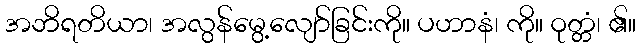
အဘိရတိယာ၊ အလွန်မွေ့လျော်ခြင်းကို။ ပဟာနံ၊ ကို။ ဝုတ္တံ၊ ၏။